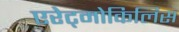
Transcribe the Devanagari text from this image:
एरेट्मोकिलिस